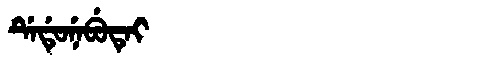
Manchu: ᡩᡝᡩᡠᠨᡝᠪᡠᡨᡝᡳ
Romanization: DEDUNEBUTEI